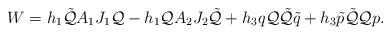
LaTeX: \begin{align*} W = h_1\tilde{\cal Q}A_1 J_1{\cal Q} - h_1{\cal Q}A_2 J_2\tilde{\cal Q} + h_3 q{\cal Q}\tilde{\cal Q}\tilde{q} + h_3 \tilde{p}\tilde{\cal Q}{\cal Q}p.\end{align*}